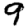
Digit: 9